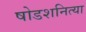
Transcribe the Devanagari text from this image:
षोडशनित्या